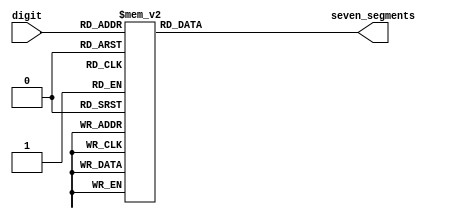
/*
 * schoolMIPS - small MIPS CPU for "Young Russian Chip Architects" 
 *              summer school ( yrca@googlegroups.com )
 *
 * Copyright(c) 2017-2018 Yuri Panchul 
 */

module sm_hex_display
(
    input      [3:0] digit,
    output reg [6:0] seven_segments
);

    always @*
        case (digit)
        'h0: seven_segments = 'b1000000;  // a b c d e f g
        'h1: seven_segments = 'b1111001;
        'h2: seven_segments = 'b0100100;  //   --a--
        'h3: seven_segments = 'b0110000;  //  |     |
        'h4: seven_segments = 'b0011001;  //  f     b
        'h5: seven_segments = 'b0010010;  //  |     |
        'h6: seven_segments = 'b0000010;  //   --g--
        'h7: seven_segments = 'b1111000;  //  |     |
        'h8: seven_segments = 'b0000000;  //  e     c
        'h9: seven_segments = 'b0011000;  //  |     |
        'ha: seven_segments = 'b0001000;  //   --d-- 
        'hb: seven_segments = 'b0000011;
        'hc: seven_segments = 'b1000110;
        'hd: seven_segments = 'b0100001;
        'he: seven_segments = 'b0000110;
        'hf: seven_segments = 'b0001110;
        endcase

endmodule

//--------------------------------------------------------------------

module sm_hex_display_8
(
    input             clock,
    input             resetn,
    input      [31:0] number,

    output reg [ 6:0] seven_segments,
    output reg        dot,
    output reg [ 7:0] anodes
);

    function [6:0] bcd_to_seg (input [3:0] bcd);

        case (bcd)
        'h0: bcd_to_seg = 'b1000000;  // a b c d e f g
        'h1: bcd_to_seg = 'b1111001;
        'h2: bcd_to_seg = 'b0100100;  //   --a--
        'h3: bcd_to_seg = 'b0110000;  //  |     |
        'h4: bcd_to_seg = 'b0011001;  //  f     b
        'h5: bcd_to_seg = 'b0010010;  //  |     |
        'h6: bcd_to_seg = 'b0000010;  //   --g--
        'h7: bcd_to_seg = 'b1111000;  //  |     |
        'h8: bcd_to_seg = 'b0000000;  //  e     c
        'h9: bcd_to_seg = 'b0011000;  //  |     |
        'ha: bcd_to_seg = 'b0001000;  //   --d-- 
        'hb: bcd_to_seg = 'b0000011;
        'hc: bcd_to_seg = 'b1000110;
        'hd: bcd_to_seg = 'b0100001;
        'he: bcd_to_seg = 'b0000110;
        'hf: bcd_to_seg = 'b0001110;
        endcase

    endfunction

    reg [2:0] i;

    always @ (posedge clock or negedge resetn)
    begin
        if (! resetn)
        begin
            seven_segments <=   bcd_to_seg (0);
            dot            <= ~ 0;
            anodes         <= ~ 8'b00000001;

            i <= 0;
        end
        else
        begin
            seven_segments <=   bcd_to_seg (number [i * 4 +: 4]);
            dot            <= ~ 0;
            anodes         <= ~ (1 << i);

            i <= i + 1;
        end
    end

endmodule